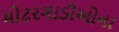
મોટરગાડીઓના